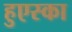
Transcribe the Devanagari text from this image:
हुएस्का